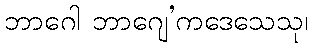
ဘာဂေါ ဘာဂျေ’ကဒေသေသု၊